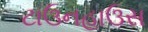
ટાઉનહાઉસ